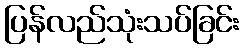
ပြန်လည်သုံးသပ်ခြင်း